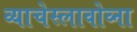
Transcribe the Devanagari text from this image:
व्याचेस्लावोव्ना